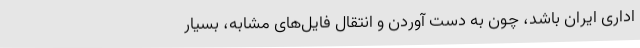
اداری ایران باشد، چون به دست آوردن و انتقال فایل‌های مشابه، بسیار